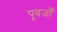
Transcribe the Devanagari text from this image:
पूवर्जों